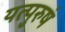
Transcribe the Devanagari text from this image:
यत्पुरुषं